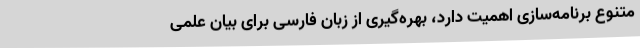
متنوع برنامه‌سازی اهمیت دارد، بهره‌گیری از زبان فارسی برای بیان علمی